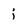
Character: j